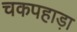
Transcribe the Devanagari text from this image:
चकपहाड़ा